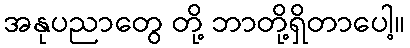
အနုပညာတွေ တို့ ဘာတို့ရှိတာပေါ့။